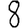
Digit: 8